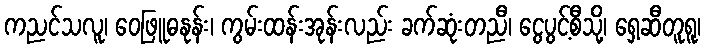
ကညင်သလူ၊ ဝေဖြူဓနုန်း၊ ကွမ်းထန်းအုန်းလည်း ခက်ဆုံးတညီ၊ ငွေပွင့်စီသို့၊ ရှေ့ဆီတူရူ၊